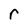
Character: r